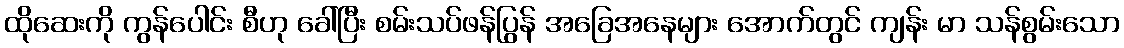
ထိုဆေးကို ကွန်ပေါင်း စီဟု ခေါ်ပြီး စမ်းသပ်ဖန်ပြွန် အခြေအနေများ အောက်တွင် ကျန်း မာ သန်စွမ်းသော